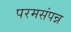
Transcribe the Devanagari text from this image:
परमसंपन्न